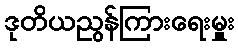
ဒုတိယညွန်ကြားရေးမှူး